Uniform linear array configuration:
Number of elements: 32
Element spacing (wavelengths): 0.5
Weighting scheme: cosine
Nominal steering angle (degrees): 60
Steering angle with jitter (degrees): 61.26
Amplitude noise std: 0.05
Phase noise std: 0.05

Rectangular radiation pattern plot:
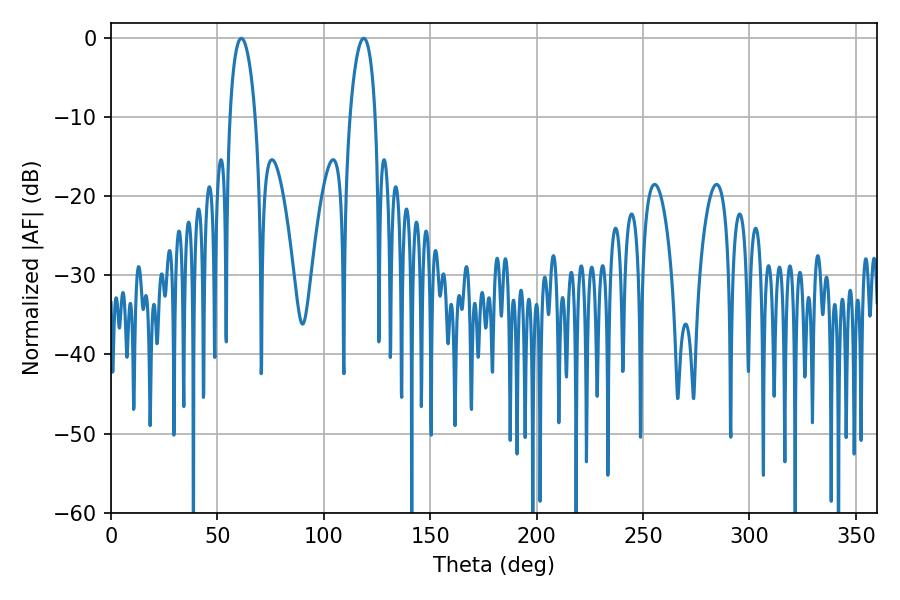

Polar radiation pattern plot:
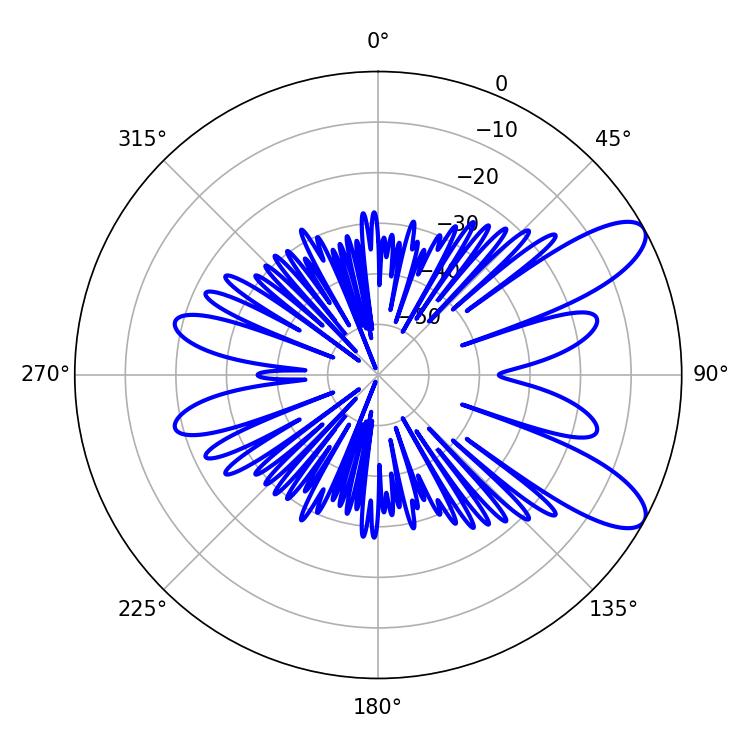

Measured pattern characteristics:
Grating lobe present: FALSE
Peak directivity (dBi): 9.493
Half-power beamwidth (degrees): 6.66
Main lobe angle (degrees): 61.2